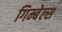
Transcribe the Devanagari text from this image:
गिम्बेल्स